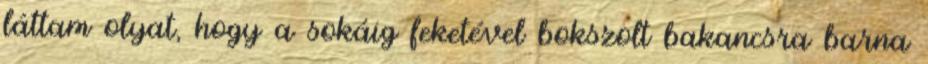
láttam olyat, hogy a sokáig feketével bokszolt bakancsra barna